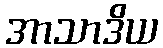
အာသာဒိယ